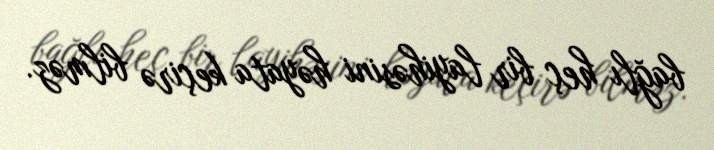
bağlı heç bir layihəsini həyata keçirə bilməz.